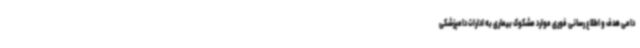
دامی هدف و اطلاع رسانی فوری موارد مشکوک بیماری به ادارات دامپزشکی